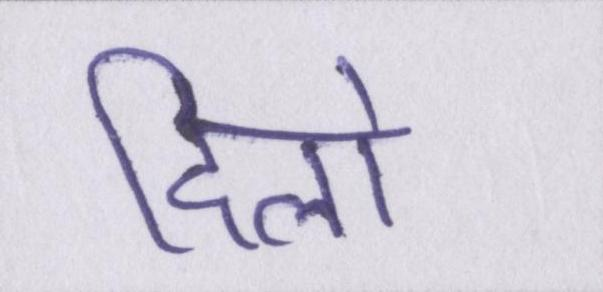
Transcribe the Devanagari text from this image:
दिलो